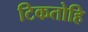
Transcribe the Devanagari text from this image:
टिकतोहि